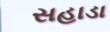
સહાડા